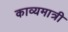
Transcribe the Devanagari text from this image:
काव्यमात्री